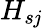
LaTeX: H_{s\mathit{j}}